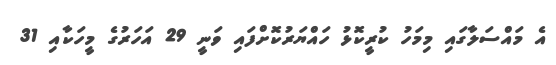
އެ މައްސަލާގައި މިމަހު ކުރީކޮޅު ހައްޔަރުކޮށްފައި ވަނީ 29 އަހަރުގެ މީހަކާއި 31